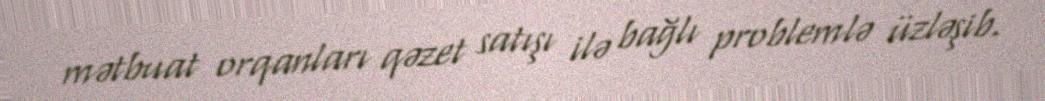
mətbuat orqanları qəzet satışı ilə bağlı problemlə üzləşib.